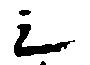
シ